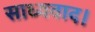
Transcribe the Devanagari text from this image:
साध्यवाद।